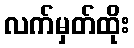
လက်မှတ်ထိုး